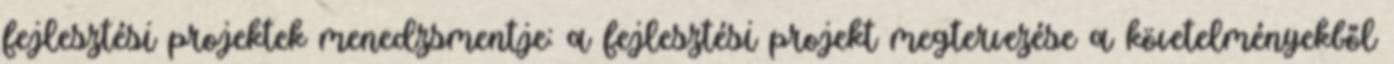
fejlesztési projektek menedzsmentje: a fejlesztési projekt megtervezése a követelményekből